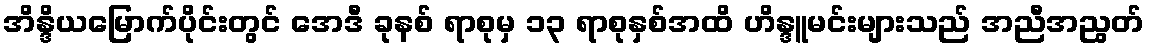
အိန္ဒိယမြောက်ပိုင်းတွင် အေဒီ ခုနစ် ရာစုမှ ၁၃ ရာစုနှစ်အထိ ဟိန္ဒူမင်းများသည် အညီအညွတ်